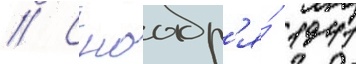
// С ноабр'я́ 1941